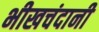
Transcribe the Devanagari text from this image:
भीखचंदानी